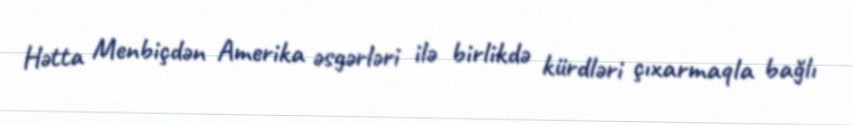
Hətta Menbiçdən Amerika əsgərləri ilə birlikdə kürdləri çıxarmaqla bağlı